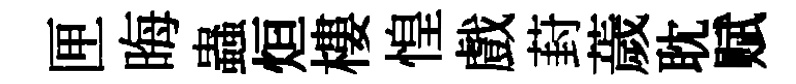
匣晦蟲烜樓惶戲葑薉耽赋